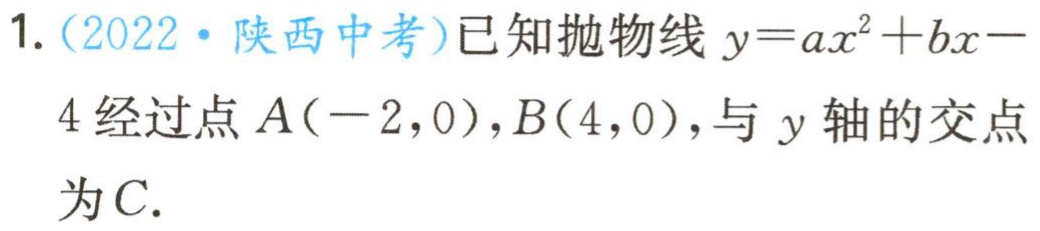
1.（2022·陕西中考）已知抛物线\(y = ax^{2}+bx - 4\)经过点\(A(-2,0)\)，\(B(4,0)\)，与\(y\)轴的交点为\(C\).